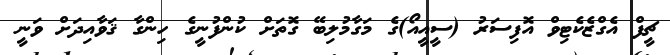
ޗީފް އެގްޒެކެޓިވް އޮފިސަރު (ސީއީއޯ)ގެ މަގާމުލިބޭ ގޮތަށް ކުންފުނީގެ ހިންގާ ޤަވާއިދަށް ވަނީ